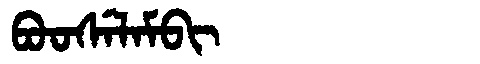
Manchu: ᠪᠣᠣᠰᡝᠯᠠᠮᠪᡳ
Romanization: BOOSELAMBI